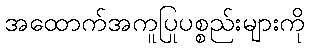
အထောက်အကူပြုပစ္စည်းများကို